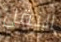
النقل